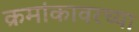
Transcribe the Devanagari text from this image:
क्रमांकावरच्या